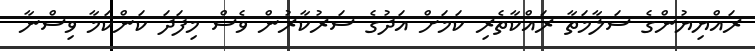
ރައްޔިޔުންގެ ސަލާމަތާ ރައްކާތެރި ކަމަށް އަދުގެ ސަރުކާރުން ވެސް މިފަދަ ކަންކަމާ ވިސްނާ